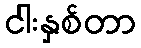
ငါးနှစ်တာ